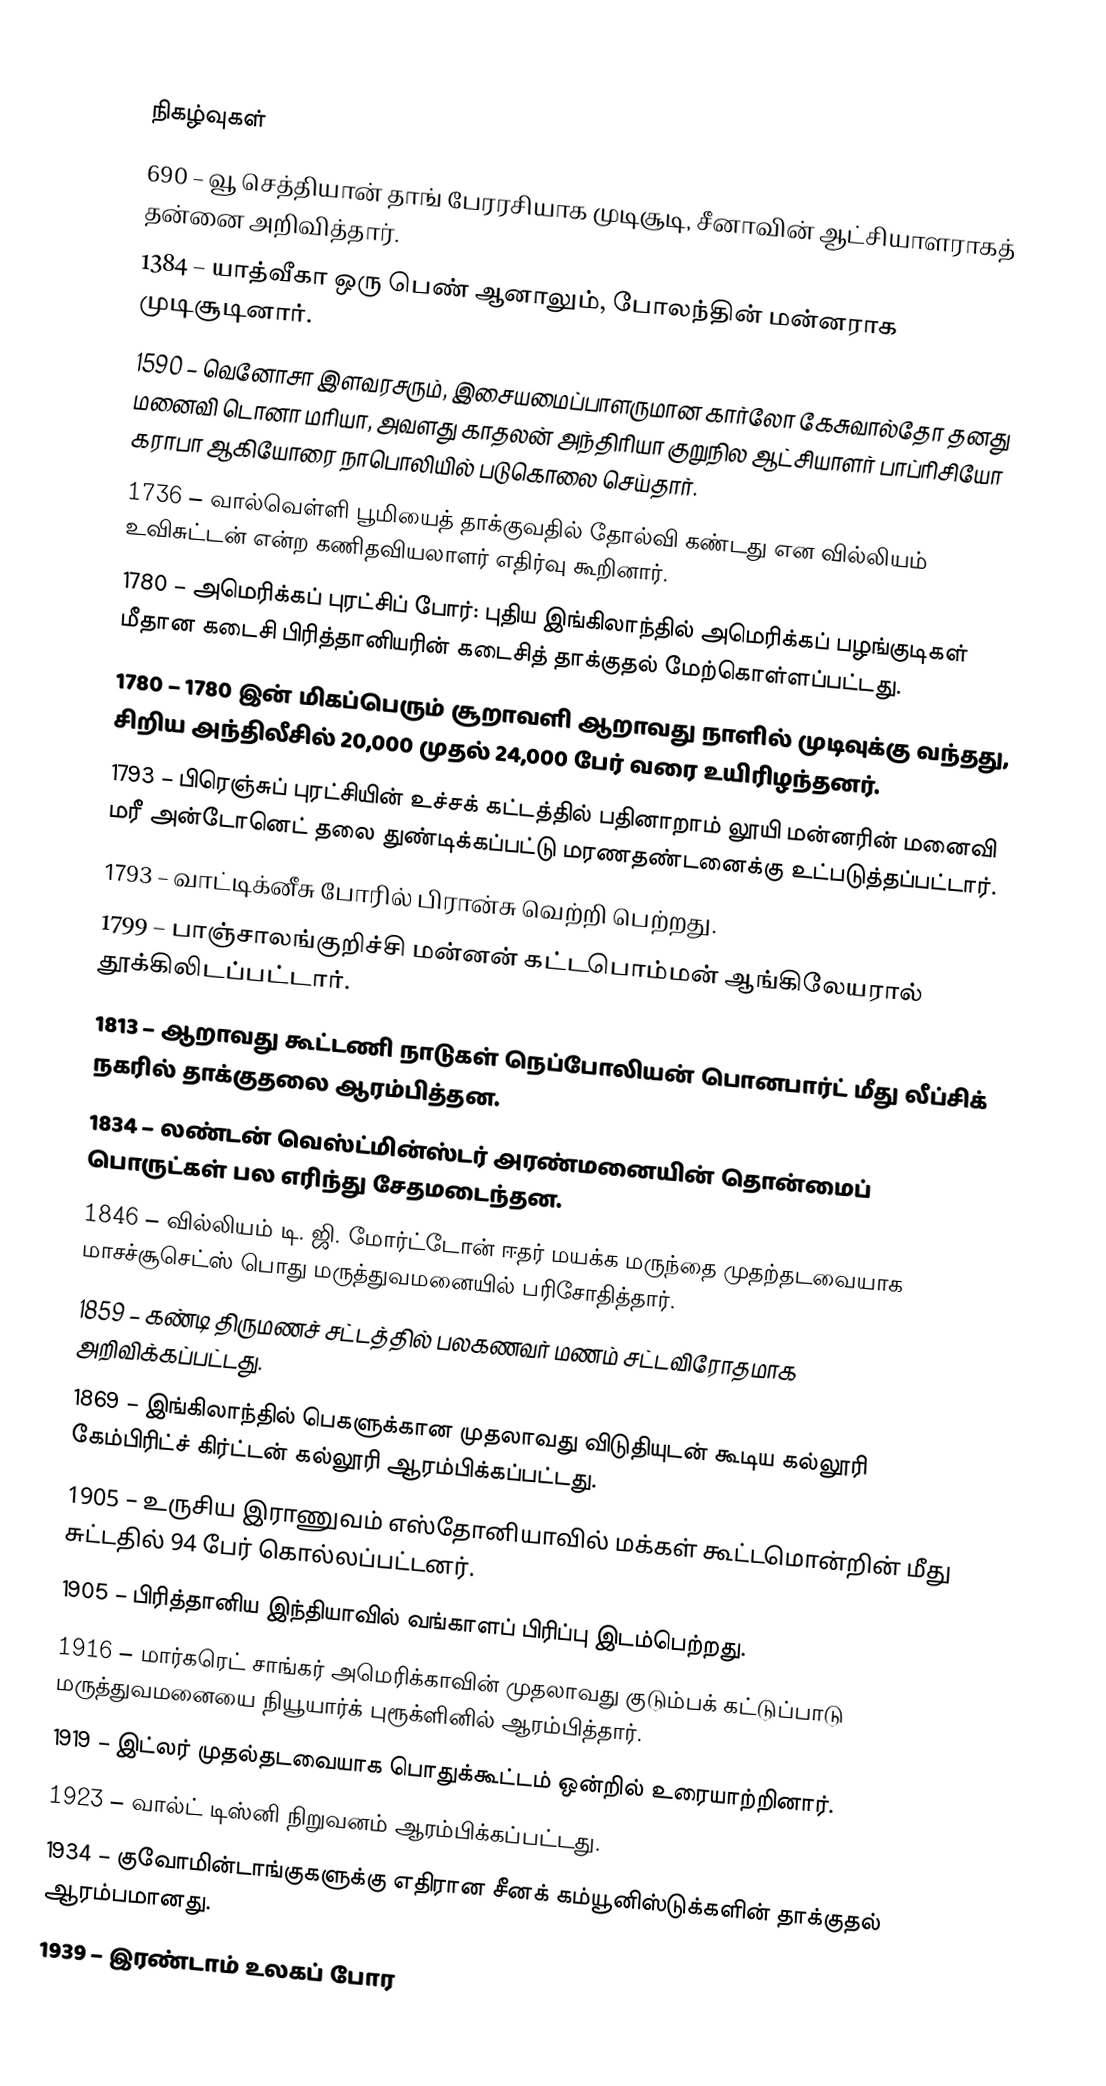

நிகழ்வுகள்
690 – வூ செத்தியான் தாங் பேரரசியாக முடிசூடி, சீனாவின் ஆட்சியாளராகத் தன்னை அறிவித்தார்.
1384 – யாத்வீகா ஒரு பெண் ஆனாலும், போலந்தின் மன்னராக முடிசூடினார்.
1590 – வெனோசா இளவரசரும், இசையமைப்பாளருமான கார்லோ கேசுவால்தோ தனது மனைவி டொனா மரியா, அவளது காதலன் அந்திரியா குறுநில ஆட்சியாளர் பாப்ரிசியோ கராபா ஆகியோரை நாபொலியில் படுகொலை செய்தார்.
1736 – வால்வெள்ளி பூமியைத் தாக்குவதில் தோல்வி கண்டது என வில்லியம் உவிசுட்டன் என்ற கணிதவியலாளர் எதிர்வு கூறினார்.
1780 – அமெரிக்கப் புரட்சிப் போர்: புதிய இங்கிலாந்தில் அமெரிக்கப் பழங்குடிகள் மீதான கடைசி பிரித்தானியரின் கடைசித் தாக்குதல் மேற்கொள்ளப்பட்டது.
1780 – 1780 இன் மிகப்பெரும் சூறாவளி ஆறாவது நாளில் முடிவுக்கு வந்தது, சிறிய அந்திலீசில் 20,000 முதல் 24,000 பேர் வரை உயிரிழந்தனர்.
1793 – பிரெஞ்சுப் புரட்சியின் உச்சக் கட்டத்தில் பதினாறாம் லூயி மன்னரின் மனைவி மரீ அன்டோனெட் தலை துண்டிக்கப்பட்டு மரணதண்டனைக்கு உட்படுத்தப்பட்டார்.
1793 – வாட்டிக்னீசு போரில் பிரான்சு வெற்றி பெற்றது.
1799 – பாஞ்சாலங்குறிச்சி மன்னன் கட்டபொம்மன் ஆங்கிலேயரால் தூக்கிலிடப்பட்டார்.
1813 – ஆறாவது கூட்டணி நாடுகள் நெப்போலியன் பொனபார்ட் மீது லீப்சிக் நகரில் தாக்குதலை ஆரம்பித்தன.
1834 – லண்டன் வெஸ்ட்மின்ஸ்டர் அரண்மனையின் தொன்மைப் பொருட்கள் பல எரிந்து சேதமடைந்தன.
1846 – வில்லியம் டி. ஜி. மோர்ட்டோன் ஈதர் மயக்க மருந்தை முதற்தடவையாக மாசச்சூசெட்ஸ் பொது மருத்துவமனையில் பரிசோதித்தார்.
1859 – கண்டி திருமணச் சட்டத்தில் பலகணவர் மணம் சட்டவிரோதமாக அறிவிக்கப்பட்டது.
1869 – இங்கிலாந்தில் பெகளுக்கான முதலாவது விடுதியுடன் கூடிய கல்லூரி கேம்பிரிட்ச் கிர்ட்டன் கல்லூரி ஆரம்பிக்கப்பட்டது.
1905 – உருசிய இராணுவம் எஸ்தோனியாவில் மக்கள் கூட்டமொன்றின் மீது சுட்டதில் 94 பேர் கொல்லப்பட்டனர்.
1905 – பிரித்தானிய இந்தியாவில் வங்காளப் பிரிப்பு இடம்பெற்றது.
1916 – மார்கரெட் சாங்கர் அமெரிக்காவின் முதலாவது குடும்பக் கட்டுப்பாடு மருத்துவமனையை நியூயார்க் புரூக்ளினில் ஆரம்பித்தார்.
1919 – இட்லர் முதல்தடவையாக பொதுக்கூட்டம் ஒன்றில் உரையாற்றினார்.
1923 – வால்ட் டிஸ்னி நிறுவனம் ஆரம்பிக்கப்பட்டது.
1934 – குவோமின்டாங்குகளுக்கு எதிரான சீனக் கம்யூனிஸ்டுக்களின் தாக்குதல் ஆரம்பமானது.
1939 – இரண்டாம் உலகப் போர